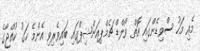
މެއި މަހު ސްވިޑެންގައި އޮތް ވޯލްޑް ޗެމްޕިއަންޝިޕްގައި ބައިވެރިވި އެންމެ ހަގު ކުއްޖާގެ